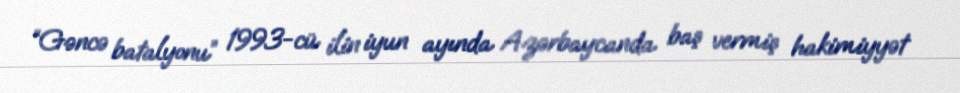
“Gəncə batalyonu” 1993-cü ilin iyun ayında Azərbaycanda baş vermiş hakimiyyət